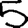
Digit: 5